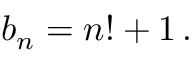
b _ { n } = n ! + 1 \, .